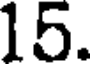
15.